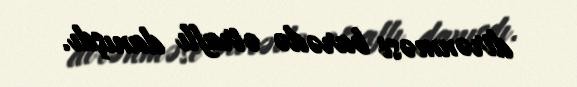
dirənməsi barədə ətraflı danışdı.